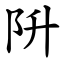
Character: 阩